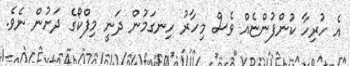
އެ ހުރިހާ ކުންފުންޏެއް ވެސް މިހާރު ހިނގަމުން ދަނީ މިފްކޯގެ ދަށުން ނެވެ.